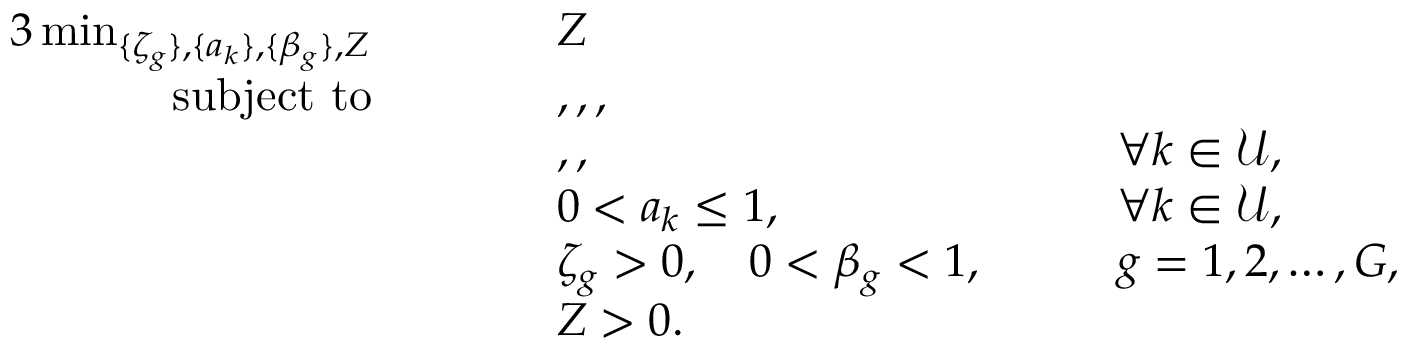
\begin{array} { r l r l r l } { { 3 } \operatorname* { m i n } _ { \{ \zeta _ { g } \} , \{ a _ { k } \} , \{ \beta _ { g } \} , Z } } & { \quad } & & { Z } & & { } \\ { \mathrm { s u b j e c t ~ t o } } & { } & & { , , , } & & { } \\ & { } & & { , , } & { \quad } & { \forall k \in \mathcal { U } , } \\ & { } & & { 0 < a _ { k } \leq 1 , } & { \quad } & { \forall k \in \mathcal { U } , } \\ & { } & & { \zeta _ { g } > 0 , \quad 0 < \beta _ { g } < 1 , } & { \quad } & { g = 1 , 2 , \ldots , G , } \\ & { } & & { Z > 0 . } & & { } \end{array}